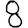
Digit: 8